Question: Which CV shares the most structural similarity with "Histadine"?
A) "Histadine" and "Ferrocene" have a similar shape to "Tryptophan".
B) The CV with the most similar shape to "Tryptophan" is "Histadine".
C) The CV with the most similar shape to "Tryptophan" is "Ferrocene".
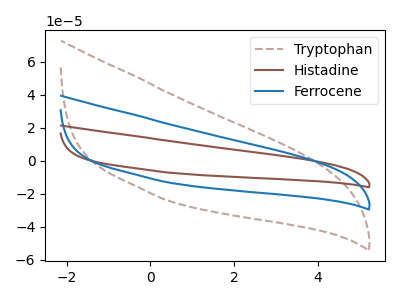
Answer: <think>The brown dashed curve "Tryptophan" has no peaks. The brown curve "Histadine" has no peaks. The blue curve "Ferrocene" has no peaks.
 Neither "Tryptophan" or "Histadine" have any peaks. Neither "Tryptophan" or "Ferrocene" have any peaks. Neither "Histadine" or "Ferrocene" have any peaks.</think>
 <answer>A) "Histadine" and "Ferrocene" have a similar shape to "Tryptophan".</answer>
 <eval>A</eval>